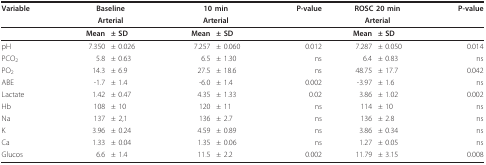
<table><thead><tr><td><b>Variable</b></td><td colspan="2"><b>Baseline</b></td><td colspan="2"><b>10 min</b></td><td><b>P-value</b></td><td colspan="2"><b>ROSC 20 min</b></td><td><b>P-value</b></td></tr><tr><td></td><td colspan="2"><b>Arterial</b></td><td colspan="2"><b>Arterial</b></td><td></td><td colspan="2"><b>Arterial</b></td><td></td></tr></thead><tbody><tr><td></td><td><b>Mean</b></td><td><b>± SD</b></td><td><b>Mean</b></td><td><b>± SD</b></td><td></td><td><b>Mean</b></td><td><b>± SD</b></td><td></td></tr><tr><td>pH</td><td>7.350</td><td>± 0.026</td><td>7.257</td><td>± 0.060</td><td>0.012</td><td>7.287</td><td>± 0.050</td><td>0.014</td></tr><tr><td>PCO<sub>2</sub></td><td>5.8</td><td>± 0.63</td><td>6.5</td><td>± 1.30</td><td>ns</td><td>6.4</td><td>± 0.83</td><td>ns</td></tr><tr><td>PO<sub>2</sub></td><td>14.3</td><td>± 6.9</td><td>27.5</td><td>± 18.6</td><td>ns</td><td>48.75</td><td>± 17.7</td><td>0.042</td></tr><tr><td>ABE</td><td>-1.7</td><td>± 1.4</td><td>-6.0</td><td>± 1.4</td><td>0.002</td><td>-3.97</td><td>± 1.6</td><td>ns</td></tr><tr><td>Lactate</td><td>1.42</td><td>± 0.47</td><td>4.35</td><td>± 1.33</td><td>0.02</td><td>3.86</td><td>± 1.02</td><td>0.002</td></tr><tr><td>Hb</td><td>108</td><td>± 10</td><td>120</td><td>± 11</td><td>ns</td><td>114</td><td>± 10</td><td>ns</td></tr><tr><td>Na</td><td>137</td><td>± 2,1</td><td>136</td><td>± 2.7</td><td>ns</td><td>136</td><td>± 2.8</td><td>ns</td></tr><tr><td>K</td><td>3.96</td><td>± 0.24</td><td>4.59</td><td>± 0.89</td><td>ns</td><td>3.86</td><td>± 0.34</td><td>ns</td></tr><tr><td>Ca</td><td>1.33</td><td>± 0.04</td><td>1.35</td><td>± 0.06</td><td>ns</td><td>1.27</td><td>± 0.05</td><td>ns</td></tr><tr><td>Glucos</td><td>6.6</td><td>± 1.4</td><td>11.5</td><td>± 2.2</td><td>0.002</td><td>11.79</td><td>± 3.15</td><td>0.008</td></tr></tbody></table>